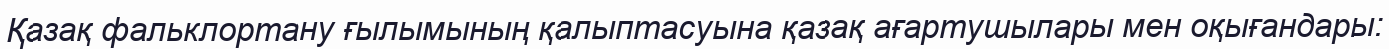
Қазақ фальклортану ғылымының қалыптасуына қазақ ағартушылары мен оқығандары: